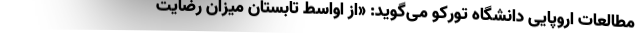
مطالعات اروپایی دانشگاه تورکو می‌گوید: «از اواسط تابستان میزان رضایت